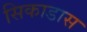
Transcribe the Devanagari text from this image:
सिकाडास